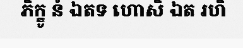
ភិក្ខូ នំ ឯតទ ហោសិ ឯត រហិ